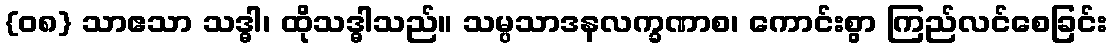
{၀၈} သာဧသာ သဒ္ဓါ၊ ထိုသဒ္ဓါသည်။ သမ္ပသာဒနလက္ခဏာစ၊ ကောင်းစွာ ကြည်လင်စေခြင်း